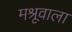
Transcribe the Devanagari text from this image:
मश्रूवाला